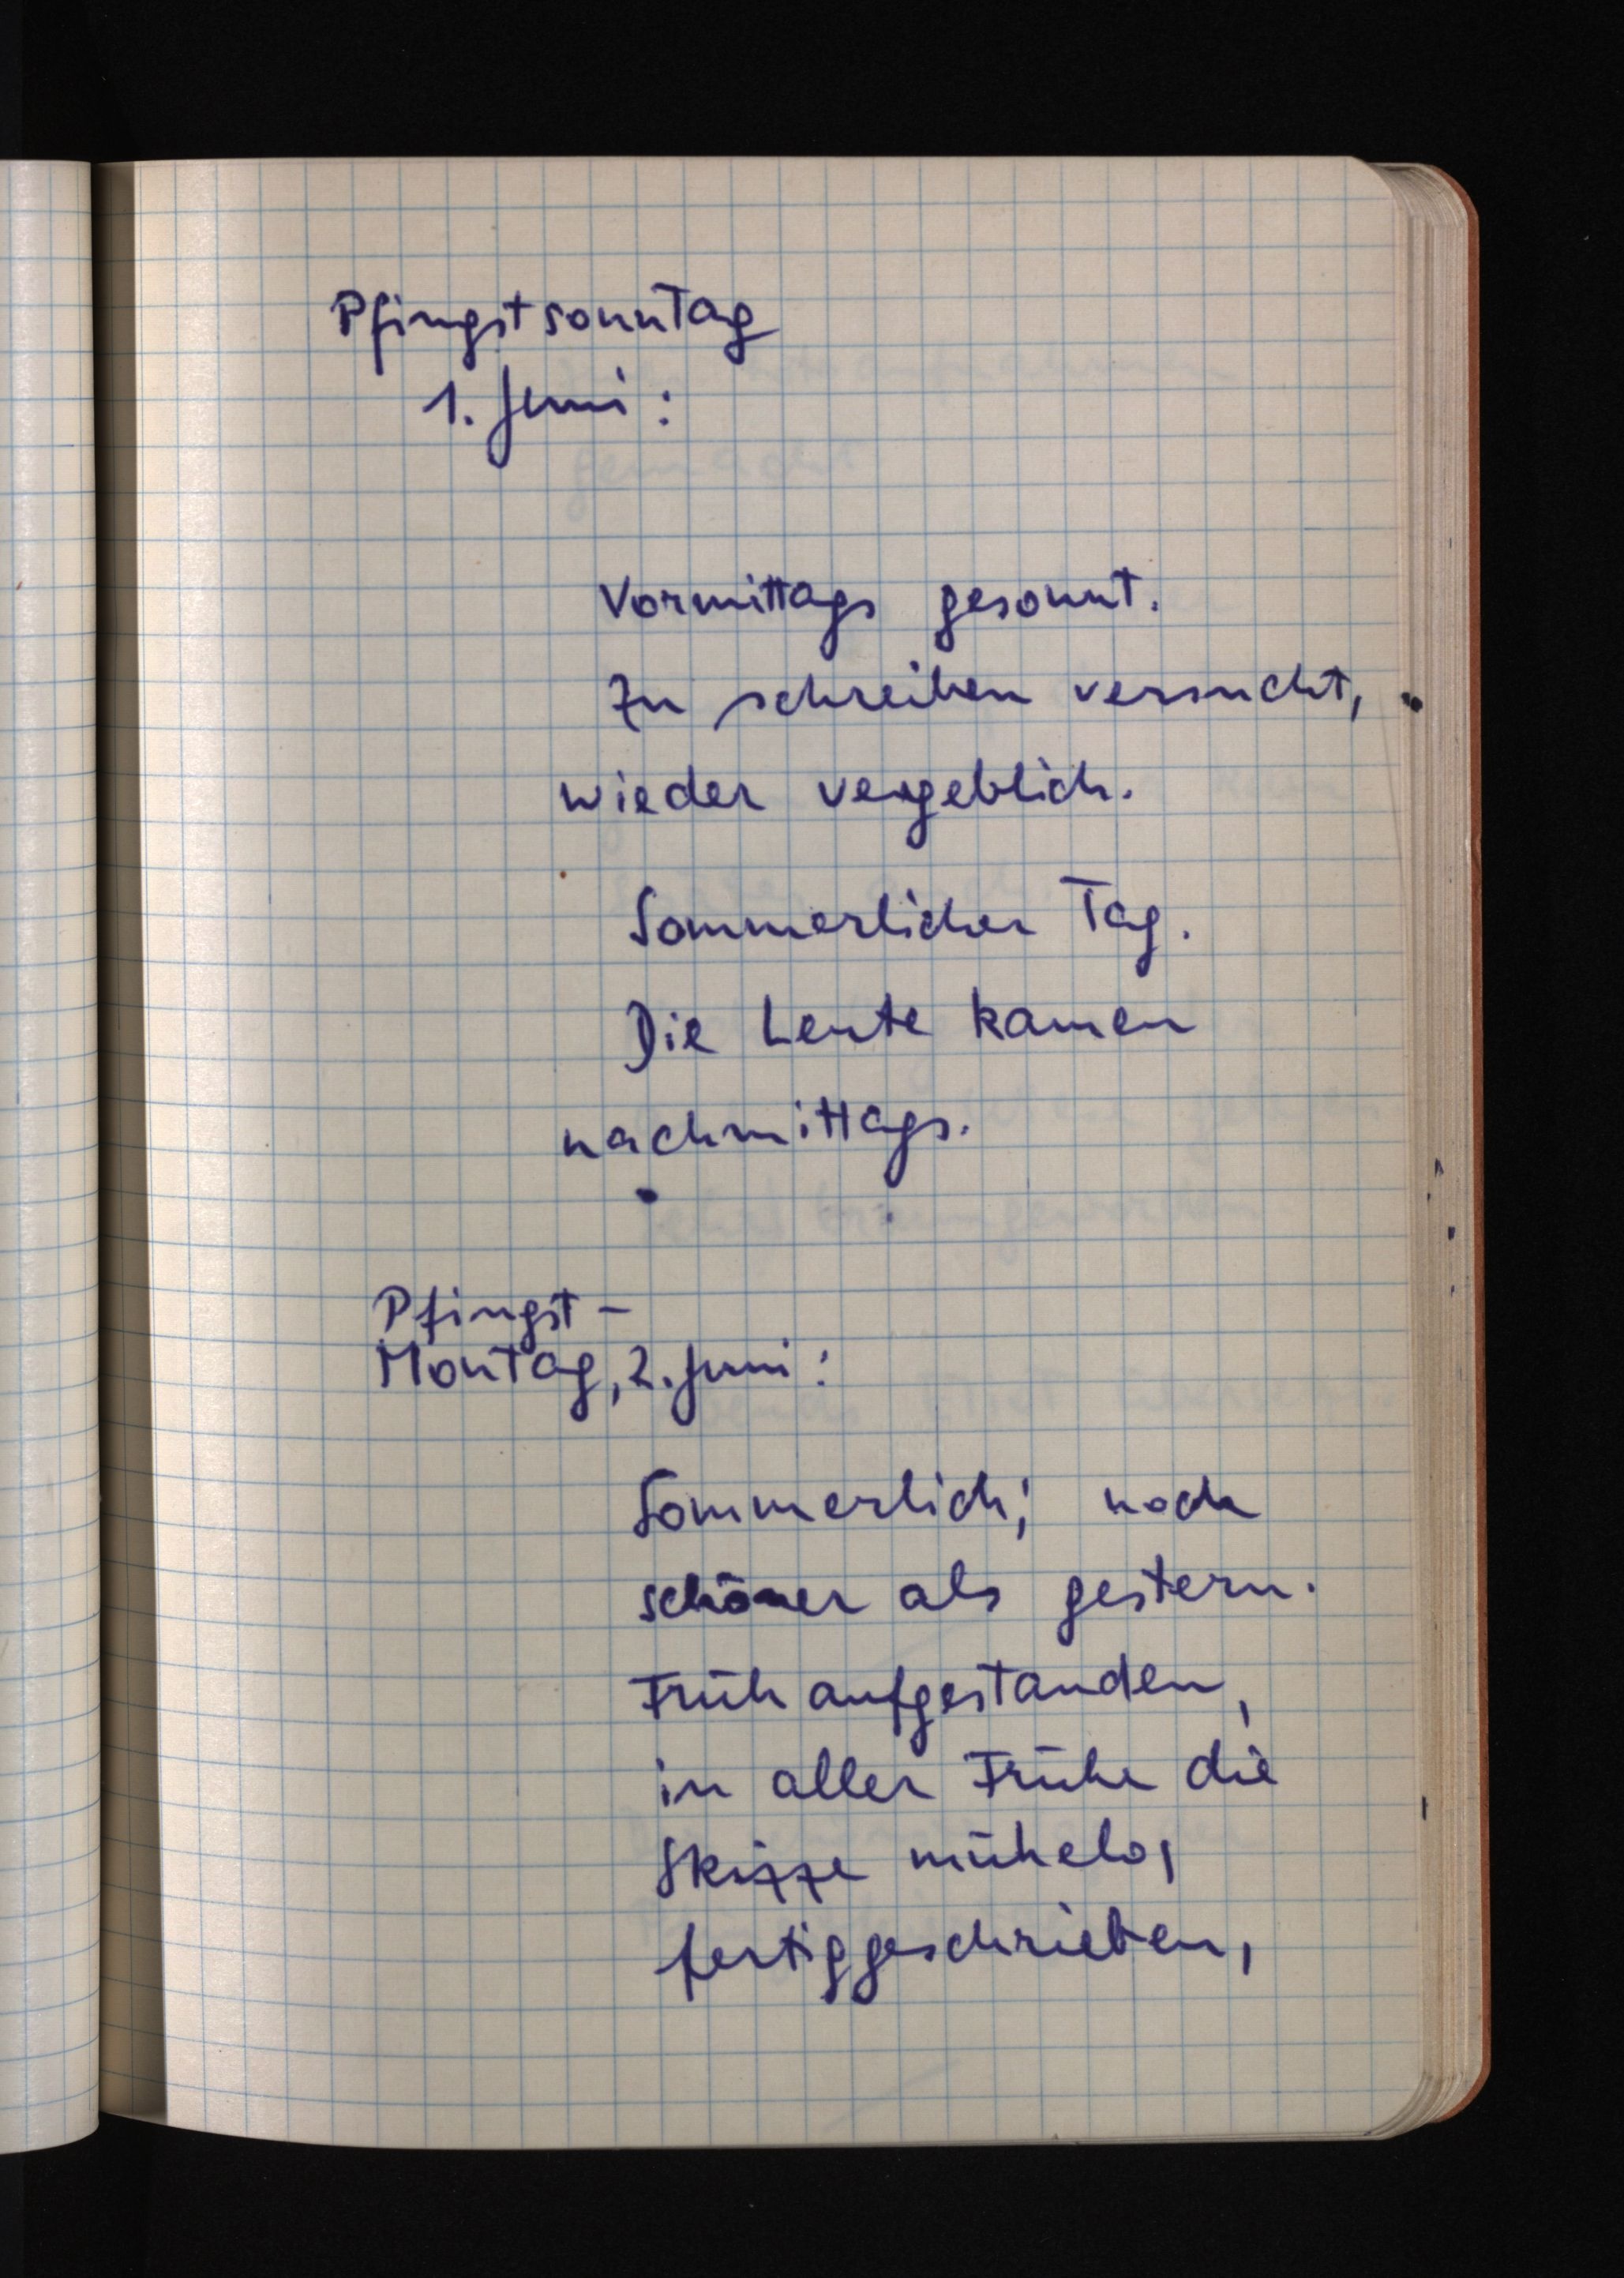
Pfingstsonntag
1. Juni:
Vormittags gesonnt.
Zu schreiben versucht,
wieder vergeblich.
Sommerlicher Tag.
Die Leute kamen
nachmittags.
Pfingst-
Montag, 2. Juni:
Sommerlich; noch
schöner als gestern.
Früh aufgestanden,
in aller Frühe die
Skizze mühelos
fertiggeschrieben,